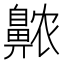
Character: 𱌖